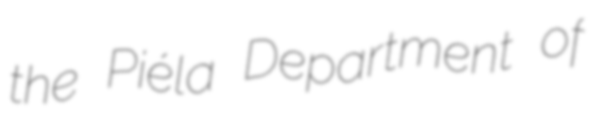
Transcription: the Piéla Department of